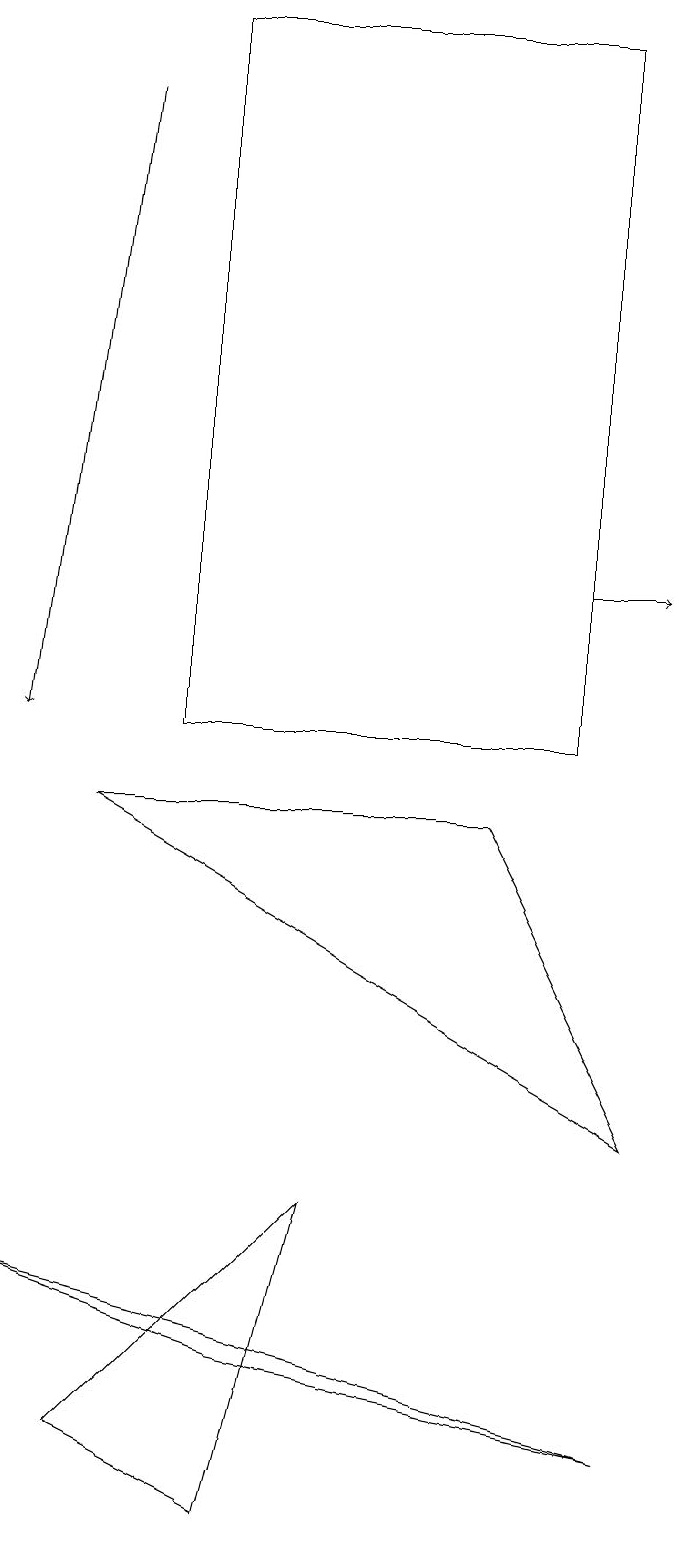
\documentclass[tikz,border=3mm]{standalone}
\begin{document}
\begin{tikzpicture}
\draw (7,19) rectangle (2,10);
\draw (8,1) -- (0,3) -- (3,2) -- cycle;
\draw (4,4) -- (1,1) -- (3,0) -- cycle;
\draw[->] (7,12) -- (8,12);
\draw (8,5) -- (6,9) -- (1,9) -- cycle;
\draw[->] (1,18) -- (0,10);
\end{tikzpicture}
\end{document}